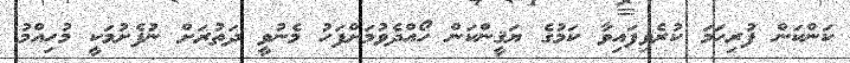
ކަންކަން ފުރިހަމަ ކުރެވިފައިވާ ކަމުގެ ޔަޤީންކަން ހޯއްދެވުމަށްފަހު މެނުވީ ދަތުރަށް ނުފެށުމަކީ މުހިއްމު